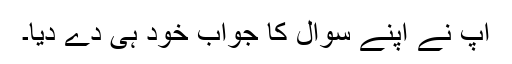
آپ نے اپنے سوال کا جواب خود ہی دے دیا۔